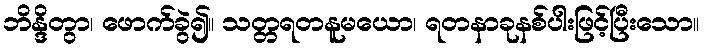
ဘိန္ဒိတွာ၊ ဖောက်ခွဲ၍။ သတ္တရတနူမယော၊ ရတနာခုနစ်ပါးဖြင့်ပြီးသော။